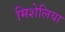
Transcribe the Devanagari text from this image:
मिशेलिया